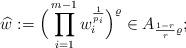
LaTeX: \begin{align*}\widehat{w}:=\Big(\prod_{i=1}^{m-1}w_i^{\frac1{p_i}}\Big)^{\varrho}\in A_{\frac{1-r}{r}\varrho};\end{align*}